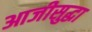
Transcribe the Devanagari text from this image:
आजीसुद्धा